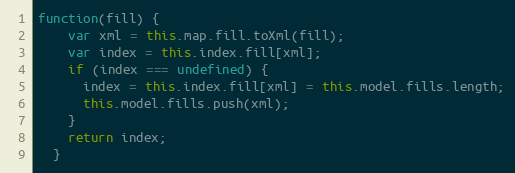
Language: JavaScript
function(fill) {
    var xml = this.map.fill.toXml(fill);
    var index = this.index.fill[xml];
    if (index === undefined) {
      index = this.index.fill[xml] = this.model.fills.length;
      this.model.fills.push(xml);
    }
    return index;
  }